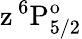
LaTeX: \mathrm{z\, ^{6}P_{5/2}^{o}}